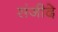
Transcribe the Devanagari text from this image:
संजीदे